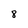
Character: 8